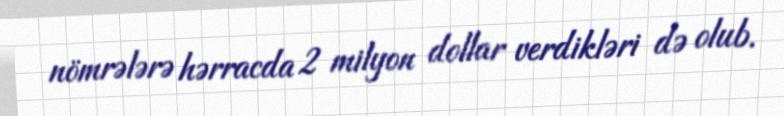
nömrələrə hərracda 2 milyon dollar verdikləri də olub.